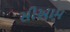
સીઆમ